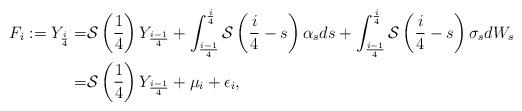
LaTeX: \begin{align*} F_i:=Y_{\frac i4}= & \mathcal S\left(\frac 14\right) Y_{\frac {i-1}4}+\int_{\frac {i-1}4}^{\frac i4} \mathcal S\left(\frac i4-s\right)\alpha_s ds +\int_{\frac {i-1}4}^{\frac i4} \mathcal S\left(\frac i4-s\right)\sigma_s dW_s\\ =& \mathcal S\left(\frac 14\right) Y_{\frac {i-1}4}+\mu_i + \epsilon_i,\end{align*}